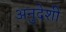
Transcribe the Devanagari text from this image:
अनुदेशी